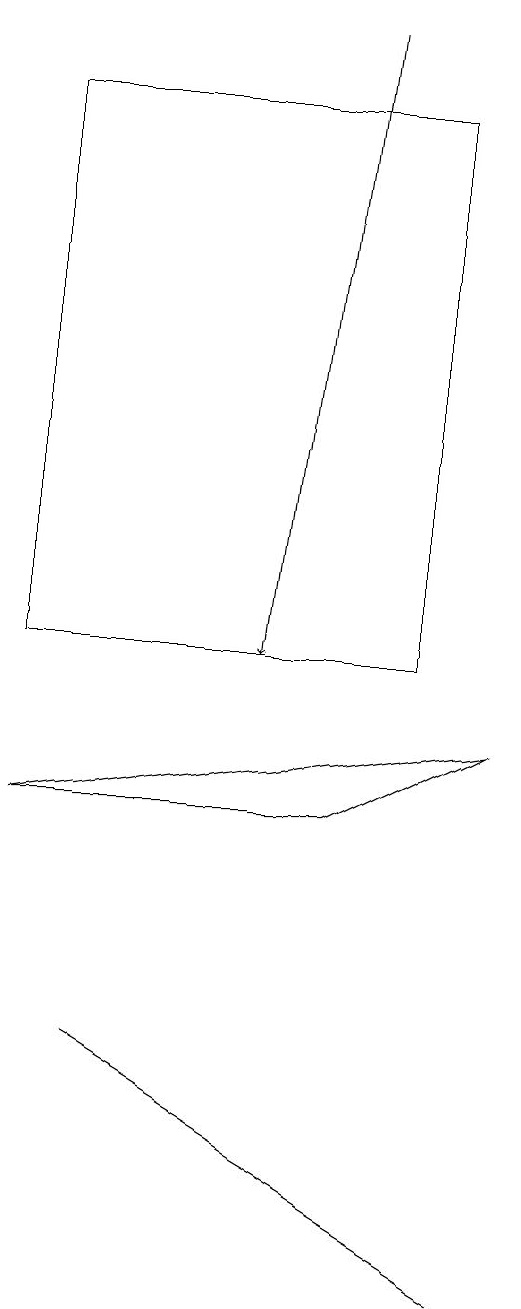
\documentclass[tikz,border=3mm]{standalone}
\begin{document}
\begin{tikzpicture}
\draw (0,8) -- (6,9) -- (4,8) -- cycle;
\draw[->] (4,18) -- (3,10);
\draw (0,17) rectangle (5,10);
\draw (1,5) -- (6,2) -- (6,2) -- cycle;
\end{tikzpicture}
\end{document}